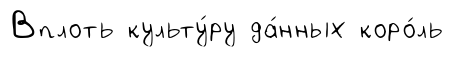
Вплоть культу́ру да́нных коро́ль